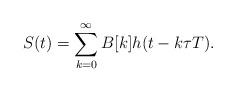
\begin{align*}S(t) = \sum\limits_{k=0}^{\infty} B[k]h(t- k\tau T).\end{align*}